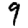
Digit: 9